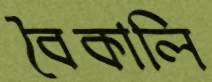
বৈকালি